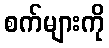
စက်များကို